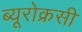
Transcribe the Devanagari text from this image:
ब्यूरोक्रसी